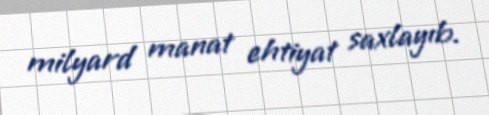
milyard manat ehtiyat saxlayıb.